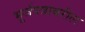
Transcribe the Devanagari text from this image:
भूर्जपत्रावरील